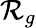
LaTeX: \mathcal{R}_{g}